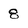
Character: 8